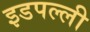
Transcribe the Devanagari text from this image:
इडपल्ली